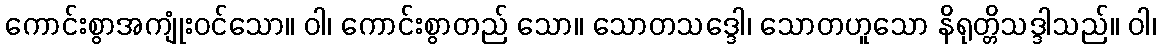
ကောင်းစွာအကျုံးဝင်သော။ ဝါ၊ ကောင်းစွာတည် သော။ သောတသဒ္ဒေါ၊ သောတဟူသော နိရုတ္တိသဒ္ဒါသည်။ ဝါ၊